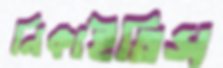
নিকাইতিস